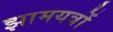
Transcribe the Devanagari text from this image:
झामयत्रों